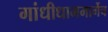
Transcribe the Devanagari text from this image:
गांधीधाममार्गेच